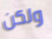
ولكن